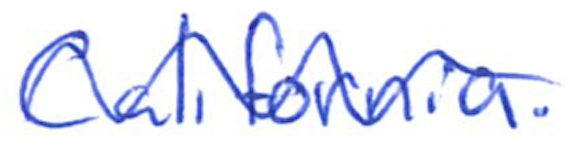
Text: California.
Cross-out: wave
Writing tool: ballpoint